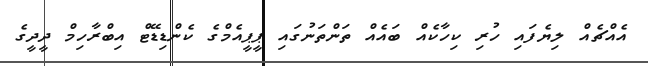
އެއްޗެއް ލިޔެފައި ހުރި ކިހާކެއް ބައެއް ތަންތަނުގައި ޕީޕީއެމްގެ ކެންޑިޑޭޓް އިބްރާހިމް ދީދީގެ